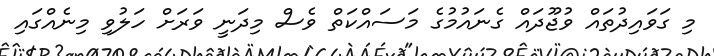
މި ގަވައިދުތައް ވުޖޫދައް ގެނައުމުގެ މަސައްކަތް ވެސް މިދަނީ ވަރަށް ހަލުވި މިނެއްގައި